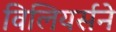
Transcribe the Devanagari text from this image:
विलियर्सने